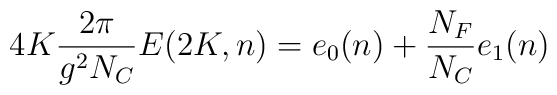
4K \frac{2\pi}{g^2 N_C } E(2K,n) = e_0 (n) + \frac{N_F }{N_C } e_1 (n)